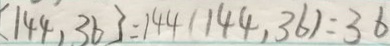
[ 1 4 4 , 3 6 ] = 1 4 4 ( 1 4 4 , 3 6 ) = 3 6